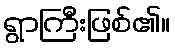
ရွာကြီးဖြစ်၏။